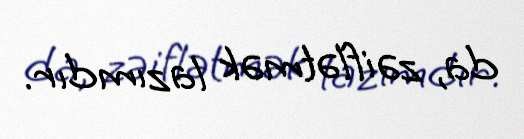
da, zəiflətmək lazımdır.